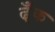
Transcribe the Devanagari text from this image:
ढ्ँक